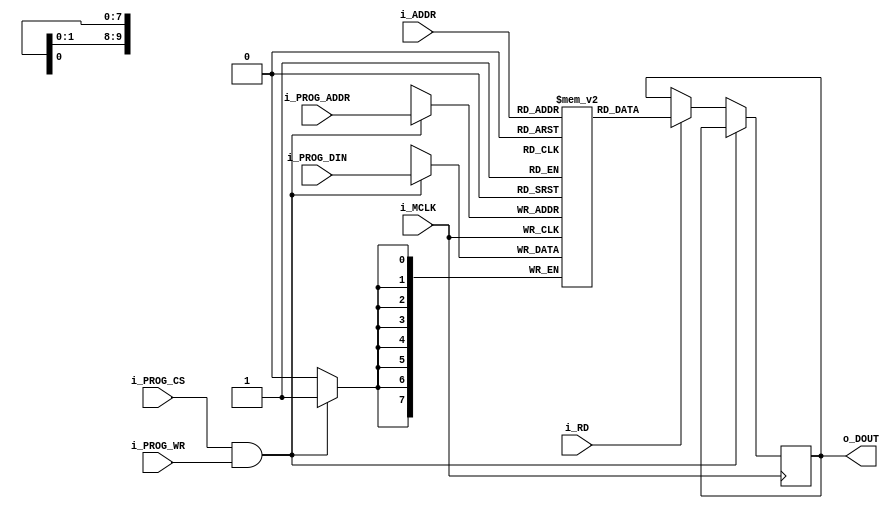
module SuprLoco_PROM #(parameter AW=10, parameter DW=8, parameter simhexfile="") (
    input   wire            i_MCLK,

    input   wire   [AW-1:0] i_PROG_ADDR,
    input   wire   [DW-1:0] i_PROG_DIN,
    input   wire            i_PROG_CS,
    input   wire            i_PROG_WR,
    
    input   wire   [AW-1:0] i_ADDR,
    output  reg    [DW-1:0] o_DOUT,
    input   wire            i_RD
);

reg     [DW-1:0]   ROM [0:(2**AW)-1];
always @(posedge i_MCLK) begin
    if(i_PROG_CS & i_PROG_WR) ROM[i_PROG_ADDR] <= i_PROG_DIN;
    else begin
        if(i_RD) o_DOUT <= ROM[i_ADDR];
    end
end

initial
begin
    if( simhexfile != "" ) begin
        $readmemh(simhexfile, ROM);
    end
end

endmodule